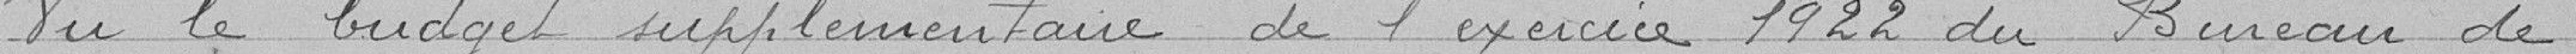
Vu le budget supplémentaire de l'exercice 1922 du Bureau de